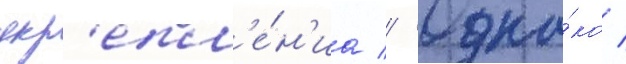
укр'епл'е́н'иа // Одна́ко /